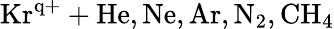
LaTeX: \mathrm{Kr^{q+}+He,Ne,Ar,N_{2},CH_{4}}